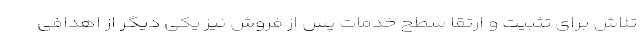
تلاش برای تثبیت و ارتقا سطح خدمات پس از فروش نیز یکی دیگر از اهدافی